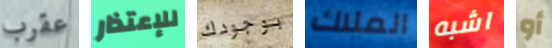
عقرب للإعتذار بوجودك الملاك اشبه أو